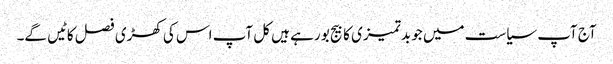
آج آپ سیاست میں جو بدتمیزی کا بیج بو رہے ہیں کل آپ اس کی کھڑی فصل کاٹیں گے۔